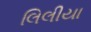
લિલીયા